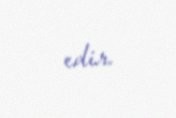
edir.